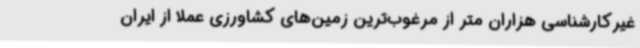
غیرکارشناسی هزاران متر از مرغوب‌ترین زمین‌های کشاورزی عملاً از ایران